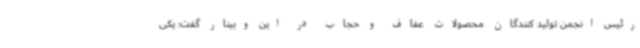
رئیس انجمن تولید کنندگان محصولات عفاف و حجاب در این وبینار گفت: یکی